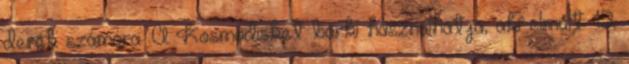
derék számára. A Kosmodisket bárki használhatja, aki elmúlt 12